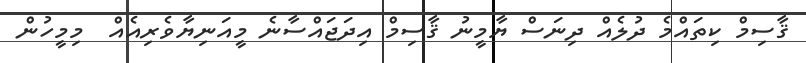
ޤާސިމް ކިތައްމެ ދުލެއް ދިނަސް ޔާމީނު ޤާސިމް އިދަޖައްސާނެ މީއަނިޔާވެރިއެއް  މިމީހުން